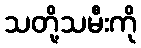
သတို့သမီးကို